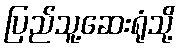
ပြည်သူ့ဆေးရုံသို့